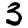
Digit: 3